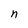
Character: n